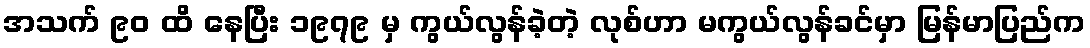
အသက် ၉၀ ထိ နေပြီး ၁၉၇၉ မှ ကွယ်လွန်ခဲ့တဲ့ လုစ်ဟာ မကွယ်လွန်ခင်မှာ မြန်မာပြည်က